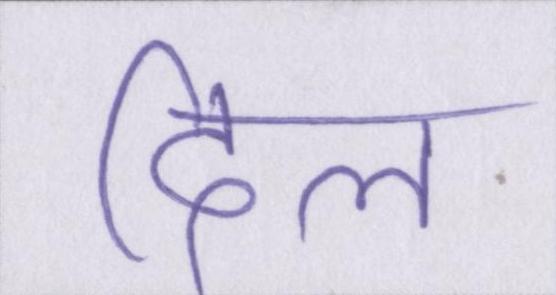
दिल